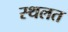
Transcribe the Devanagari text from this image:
स्थलत